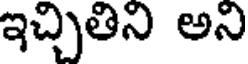
ఇచ్చితిని అని